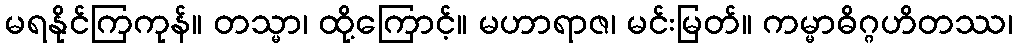
မရနိုင်ကြကုန်။ တသ္မာ၊ ထို့ကြောင့်။ မဟာရာဇ၊ မင်းမြတ်။ ကမ္မာဓိဂ္ဂဟိတဿ၊